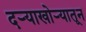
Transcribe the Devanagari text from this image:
दऱ्याखोऱ्यातून